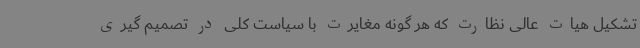
تشکیل هیات عالی نظارت که هر گونه مغایرت با سیاست کلی در تصمیم گیری